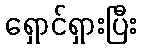
ရှောင်ရှားပြီး